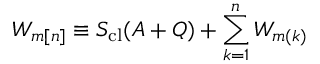
W _ { m [ n ] } \equiv S _ { \mathrm { c l } } ( A + Q ) + \sum _ { k = 1 } ^ { n } W _ { m ( k ) }